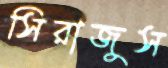
সিরাজুস